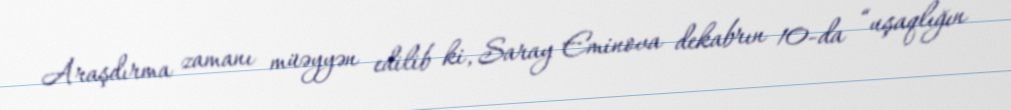
Araşdırma zamanı müəyyən edilib ki, Saray Eminova dekabrın 10-da “uşaqlığın